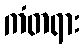
ကံတရား